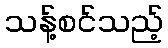
သန့်စင်သည့်